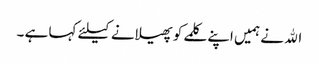
الله نے ہمیں اپنے کلمے کو پھیلانے کیلئے کہا ہے ۔